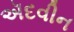
ઍદવીન